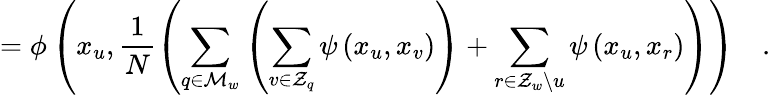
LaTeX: =\phi\left(x_{u},\frac{1}{N}\left(\sum_{q\in\mathcal{M}_{w}}\left(\sum_{v\in\mathcal{Z}_{q}}\psi\left(x_{u},x_{v}\right)\right)+\sum_{r\in\mathcal{Z}_{w}\backslash u}\psi\left(x_{u},x_{r}\right)\right)\right)\quad.